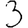
Digit: 3